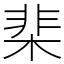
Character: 棐